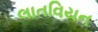
લાતવિયન